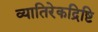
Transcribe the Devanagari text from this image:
व्यातिरेकद्रिष्टि